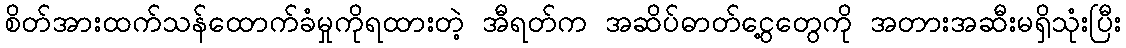
စိတ်အားထက်သန်ထောက်ခံမှုကိုရထားတဲ့ အီရတ်က အဆိပ်ဓာတ်ငွေ့တွေကို အတားအဆီးမရှိသုံးပြီး